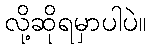
လို့ဆိုရမှာပါပဲ။